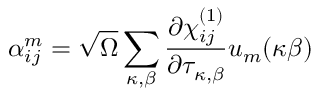
\alpha _ { i j } ^ { m } = \sqrt { \Omega } \sum _ { \kappa , \beta } \frac { \partial \chi _ { i j } ^ { ( 1 ) } } { \partial \tau _ { \kappa , \beta } } u _ { m } ( \kappa \beta )